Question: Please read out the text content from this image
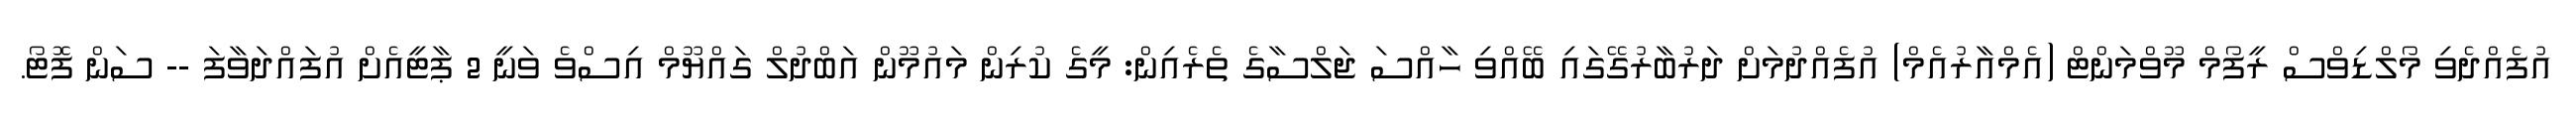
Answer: އުފެއްދެވި މޯލްޑިވްސް ރީފޯމް މޫވްމަންޓް (އެމްއާރުއެމް) އުފެއްދުމަށް ދަރުބާރުގޭގައި ބޭއްވި ހާއްސަ ޖަލްސާގެ ތެރެއިން: މީގެ ކުރިން މައުމޫން އަބްދުލް ގައްޔޫމް އިސްވެ ވަނީ 2 ޕާޓީއެށް އުފައްދަވާފަ -- ސަން ފޮޓޯ.